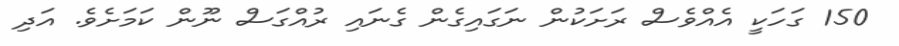
150 ގަހަކީ އެއްވެސް ރަށަކުން ނަގައިގެން ގެނައި ރުއްގަސް ނޫން ކަމަށެވެ. އަދި